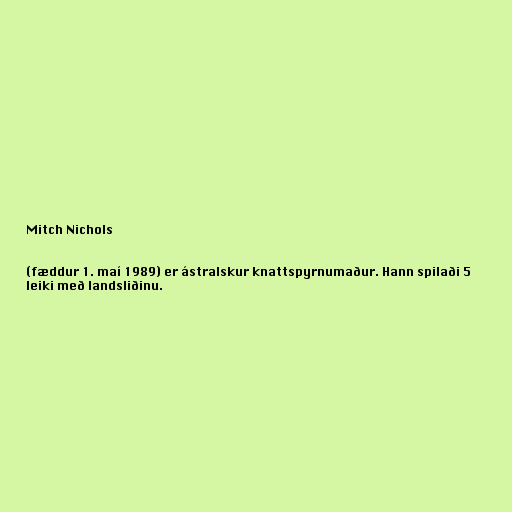
Mitch Nichols

(fæddur 1. maí 1989) er ástralskur knattspyrnumaður. Hann spilaði 5
leiki með landsliðinu.